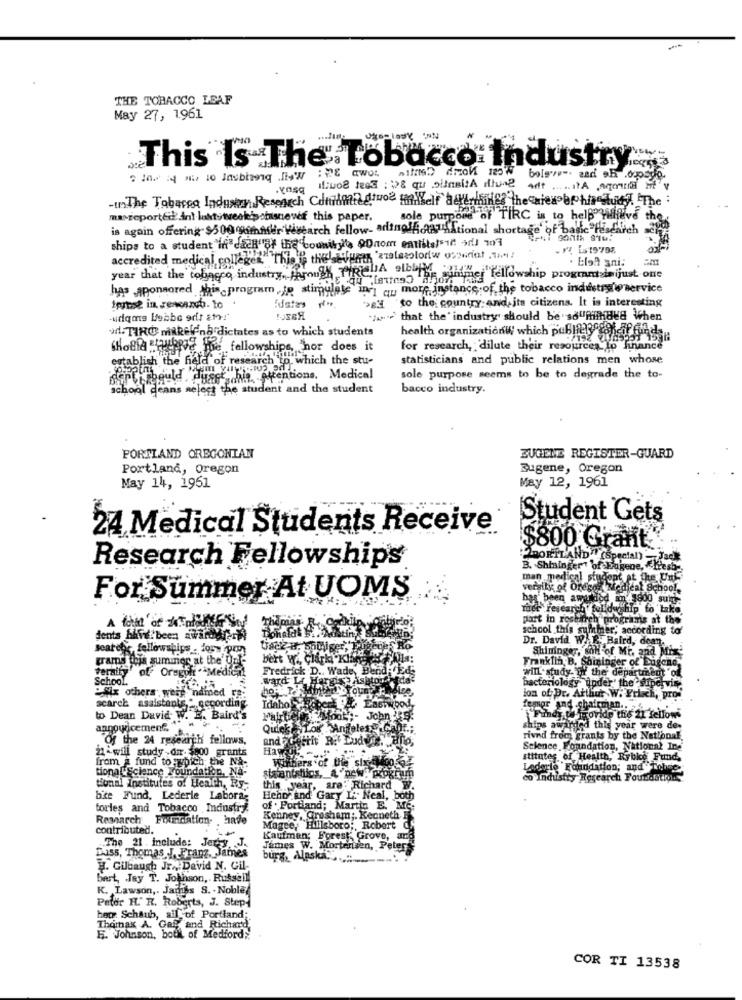
THE TOBACCO LEAF
May 27, 1961
This Is The Tobacco Industry
Adt .
-inThe Tobacco Industry Research Cdmitmidtwoe ikkeif alterthings the wies brohisstudy. The
ma reported in! loststreckipainsnever this paper.
sole purpose of TIRC is to help" yilifive the
is again offering $500 summer research fellow- aringla" Ational shortage of basic"HEdurch 2
ships to a student in"each"By the counikylla ODnom entiitalsin Al 107
accredited medical colleges" This is thelatums "ztalsolorw osoriot ,th!
. Elal ani:
year that the tobacco industry, Phrongh T
CHEqu "[ses5 hh gimme fellowship progmntslaijust one
has ,sponsored this-program,je stimulate in qu more instance of the tobacco industrie service
to the country and its citizens. It is interesting
:dates
that the' industry should be sounded when
. TIRO makele'na dictates as to which students
health organizationW; which pub1933 25fond
Ra fine fellowships, nor does it
for research, dilute their resources to finance
establish the field of research in which the stu-
statisticians and public relations men whose
plirbould duect, his attentions, Medical
sole purpose seems to be to degrade the to-
school deans select the student and the student
bacco industry.
PORTLAND OREGONIAN
ZUGENE REGISTER-GUARD
Portland, Oregon
Eugene, Oregon
May 14, 1961
May 12, 1961
Student Gets
24 Medical Students Receive
$800 Grant
. ..
PORTLAND" (Special) -Jack
Research Fellowships
B. Shiningert bf Eugene, kesh.
man medical student at
veraity of Oregon siedieat School.
For Summer At UOMS
ruce research fold ship to take.
A form of mentality Soy
part in roshoch programs at the
The
school this summer, according to'
dents blive. been awarded
Donald
Dr. David W.Baird, dean.
seatet, fellowships . Jos- pr
Shininger, and of Mi. and Mrs
grams this summer at the On
bert w. Clarki Klare
Franklin, B. Shininger of Eugene,
teraity' of Oregole . ªMedical
Fredrick D .. Wade
School.
ward La
will. study of the department of
bacteriology under' the supervis
"Mix others were"ndmed .
ion of Dr. Arthur W. Frisch, pro-
scarch assistants ,* cecording.
femer and -chairman ..
to Dean David W. E. Baird's
Sak Moore- John-
Fimdy tt Provide this 21 fellows
annowicement.
Quick ENLos Ar
Los Angeles Pia
ships awarded this year were de:
Of the 24 research fellows.
and OGrest
rit Rif Ludy
rivnd from grants by the National.
21-will study .dr. : 00 grants
Science Foundation, National Ine
from a fund to which the Na-
Withers of the sig
stitutes of Health, Rybke Fund,
tiona L'Science Foundation, Na-
Ladorio Foundation; and Tobine-
sisantstics, A new. POKE
co Industry Research Foundation
tional Institutes of Heach, Ry-
this year, are: Richard W.
bire Fund, Lederie Labora;
Heho and Gary L'. Neal, both
torles and Tobacco Industry
of . Portland; Martin E. ME.
Research
Fondation- have
Kenney, Grosham ;. Kenneth F
contributed.
Magee, Hillsboro ;, Robert Q
Kaufman; Forest: Grove, and
Dass, Thomas J. Frang, James
The 21 . include: Jerzy J.
James W. Morterisen, Peter
burg, Alaska ..
H. Gilbaugh Jr ., David N. Gil-
bert, Jay T. Johnson ,. Russell
K. Lawson ,. Janiss S. - Noble
Peter HL." R. Roberts, J. Step
hete Schaub, ail of Portland;
Thomax A. Gal and Richard,
E. Johnson,
both, of Medford>
COR TI 13538